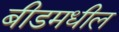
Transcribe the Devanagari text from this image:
बीडमधील